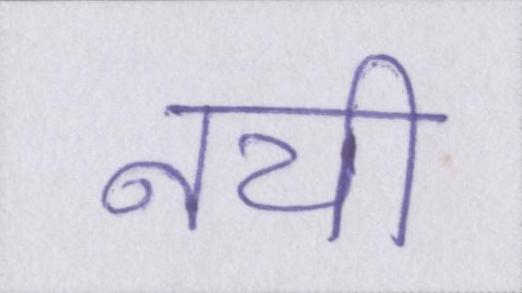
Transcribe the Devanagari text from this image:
नयी